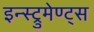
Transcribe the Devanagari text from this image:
इन्स्ट्रुमेण्ट्स